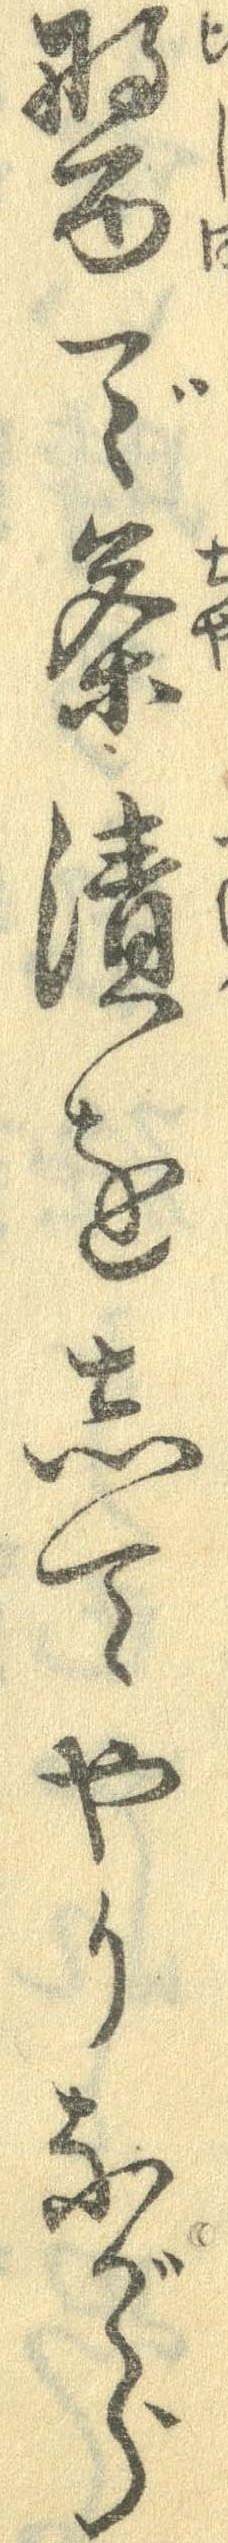
醤で茶漬をしてやりながら